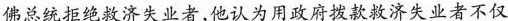
佛总统拒绝救济失业者，他认为用政府拨款救济失业者不仅